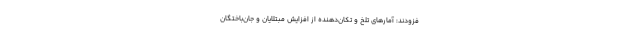
فزودند: آمارهای تلخ و تکان‌دهنده از افزایش مبتلایان و جان‌باختگان